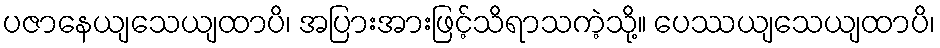
ပဇာနေယျသေယျထာပိ၊ အပြားအားဖြင့်သိရာသကဲ့သို့။ ပေဿယျသေယျထာပိ၊